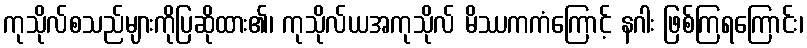
ကုသိုလ်စသည်များကိုပြဆိုထား၏၊ ကုသိုလ်ယအကုသိုလ် မိဿကကံကြောင့် နဂါး ဖြစ်ကြရကြောင်း၊